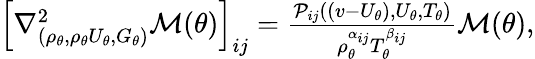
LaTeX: \begin{array}{r}{\left[\nabla_{(\rho_{\theta},\rho_{\theta}U_{\theta},G_{\theta})}^{2}\mathcal{M}(\theta)\right]_{ij}=\frac{\mathcal{P}_{ij}((v-U_{\theta}),U_{\theta},T_{\theta})}{\rho_{\theta}^{\alpha_{ij}}T_{\theta}^{\beta_{ij}}}\mathcal{M}(\theta),}\end{array}